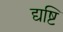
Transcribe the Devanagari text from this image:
द्यष्टि